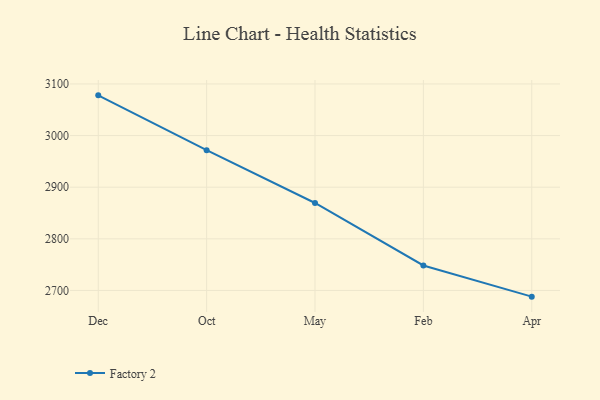
{"axis": {"x": "Month", "y": "Website Visitors"}, "legend": ["Factory 2"], "data": [{"x": "Dec", "y": 3077.9, "type": "Factory 2"}, {"x": "Oct", "y": 2971.7, "type": "Factory 2"}, {"x": "May", "y": 2869.4, "type": "Factory 2"}, {"x": "Feb", "y": 2748.4, "type": "Factory 2"}, {"x": "Apr", "y": 2688.0, "type": "Factory 2"}]}